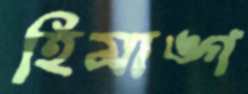
হিমাঙ্গ